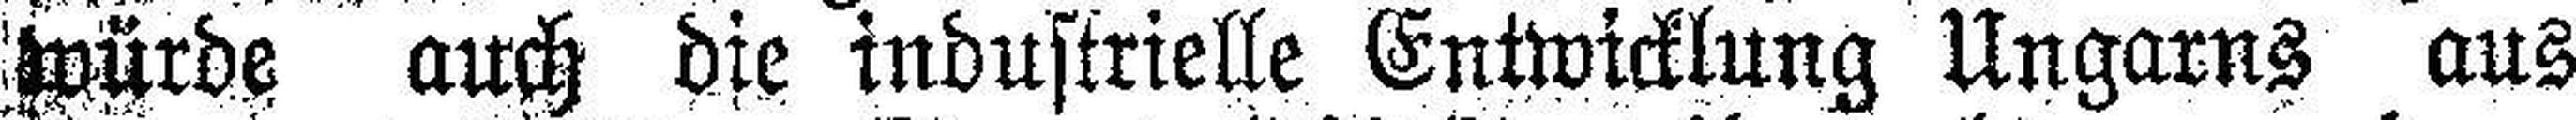
würde auch die industrielle Entwicklung Ungarns aus